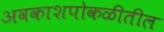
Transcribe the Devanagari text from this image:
अवकाशपोकळीतील